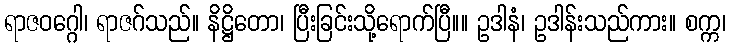
ရာဇဝဂ္ဂေါ၊ ရာဇဂ်သည်။ နိဋ္ဌိတော၊ ပြီးခြင်းသို့ရောက်ပြီ။။ ဥဒါနံ၊ ဥဒါန်းသည်ကား။ စက္က၊